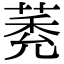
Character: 𦳽